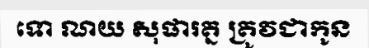
ទោ ណយ សុផារត្ន ត្រូវជាកូន